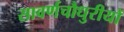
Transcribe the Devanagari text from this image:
सावर्णचौधुरीयों